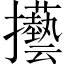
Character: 𢺐